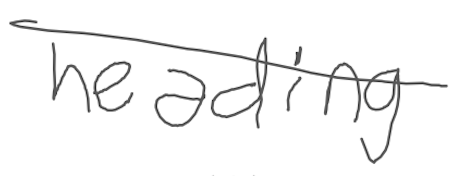
Text: heading
Cross-out: single-line
Writing tool: digital_gray